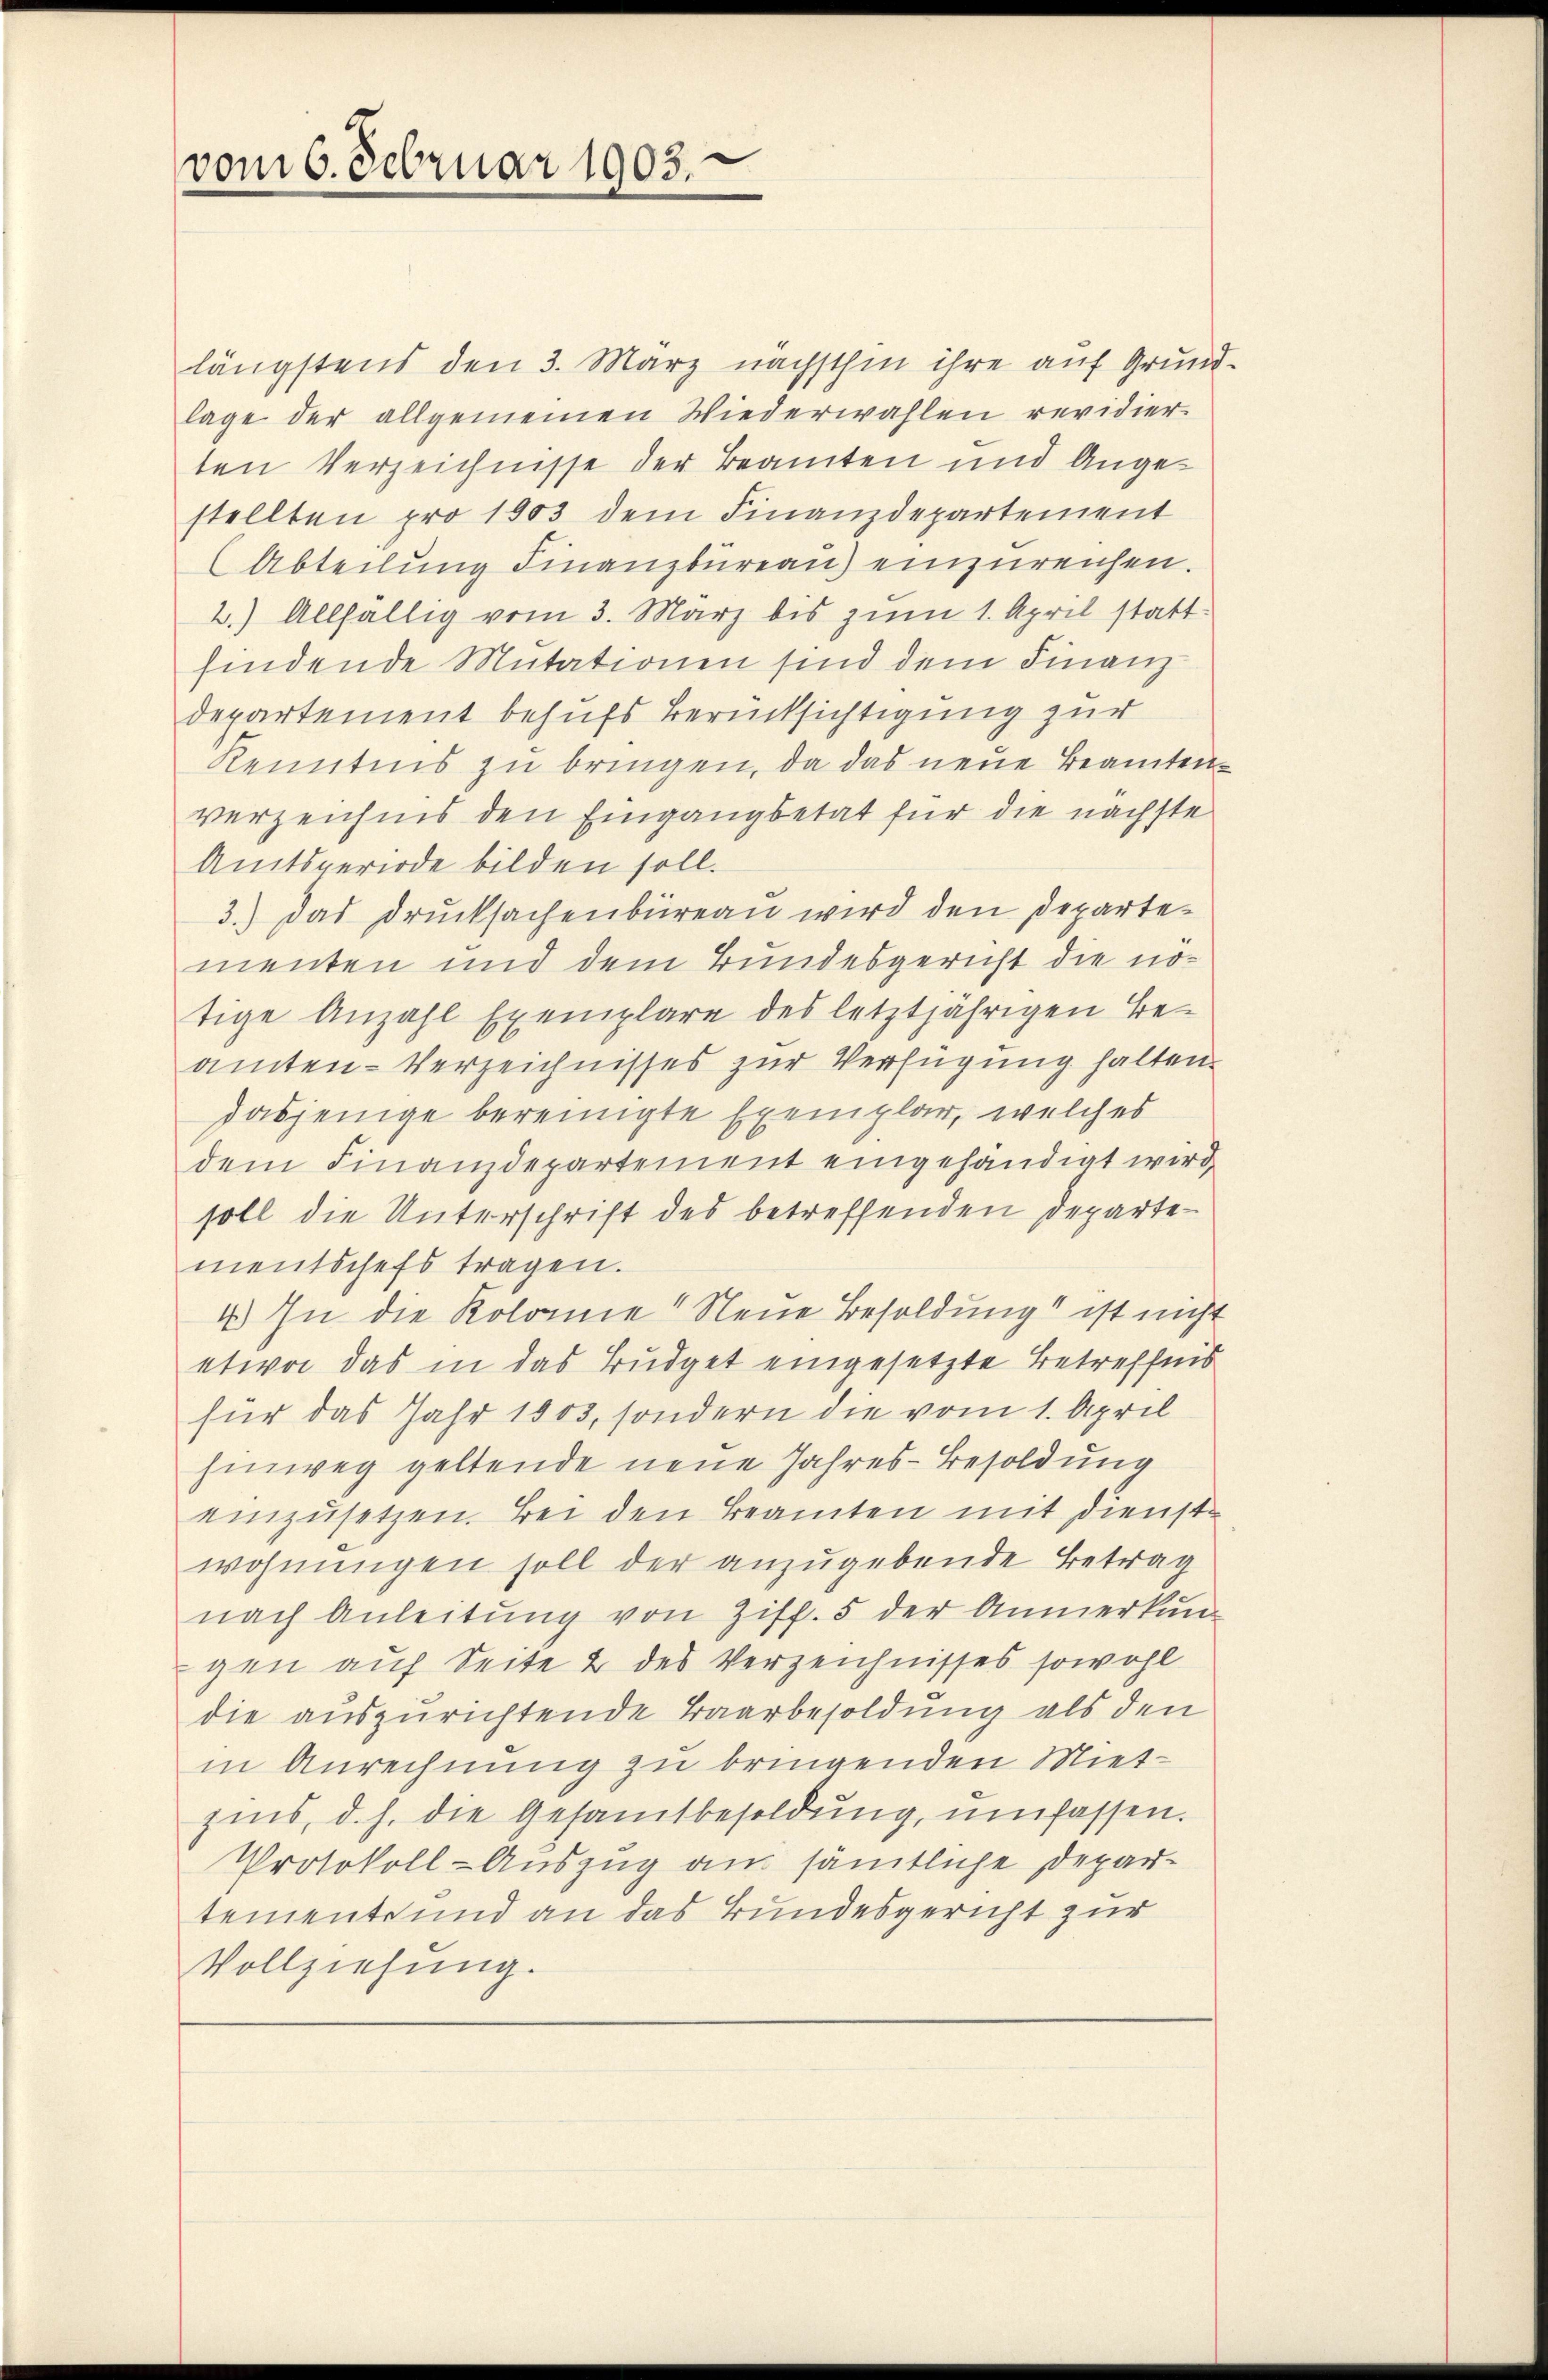
vom 6. Februar 1903.

längstens den 3. März nächsthin ihre auf Grundlage der allgemeinen Wiederwahlen revidier
ten Verzeichnisse der Beamten und Angestellten pro 1903 dem Finanzdepartement
Abteilung Finanzbüreau einzureichen.
2.) Allfällig vom 3. März bis zum 1. April statt
findende Mutationen sind dem Finanz¬
Departement behufs Berücksichtigung zur
Kenntnis zu bringen, da das neue Beamtenverzeichnis den Eingangsetat für die nächste
Amtsperiode bilden soll.
3.) Das Drucksachenbüreau wird den Departementen und dem Bundesgericht die nötige Anzahl Exemplare des letztjährigen Beamten-Verzeichnisses zur Verfügung halten.
dasjenige bereinigte Exemplar, welches
dem Finanzdepartement eingehändigt wird,
soll die Unterschrift des betreffenden Departementschefs tragen.
4.) In die Kolonie" Neue Besoldung“ ist nicht
etwa das in das Budget eingesetzte Betreffnis
für das Jahr 1803, sondern die vom 1. April
hinweg geltende neue Jahres-Besoldung
einzusetzen. Bei den Beamten mit Dienstwohnungen soll der anzugebende Betrag
nach Anleitung von Ziff. 5 der Anmerkun
gen auf Seite & des Verzeichnisses sowohl
die auszurichtende Baarbesoldung als den
in Anrechnung zu bringenden Miet-
zins, d. h. die Gesamtbesoldung, umfassen.
Protokoll-Auszug am sämtliche Departemente und an das Bundesgericht zur
Vollziehung.